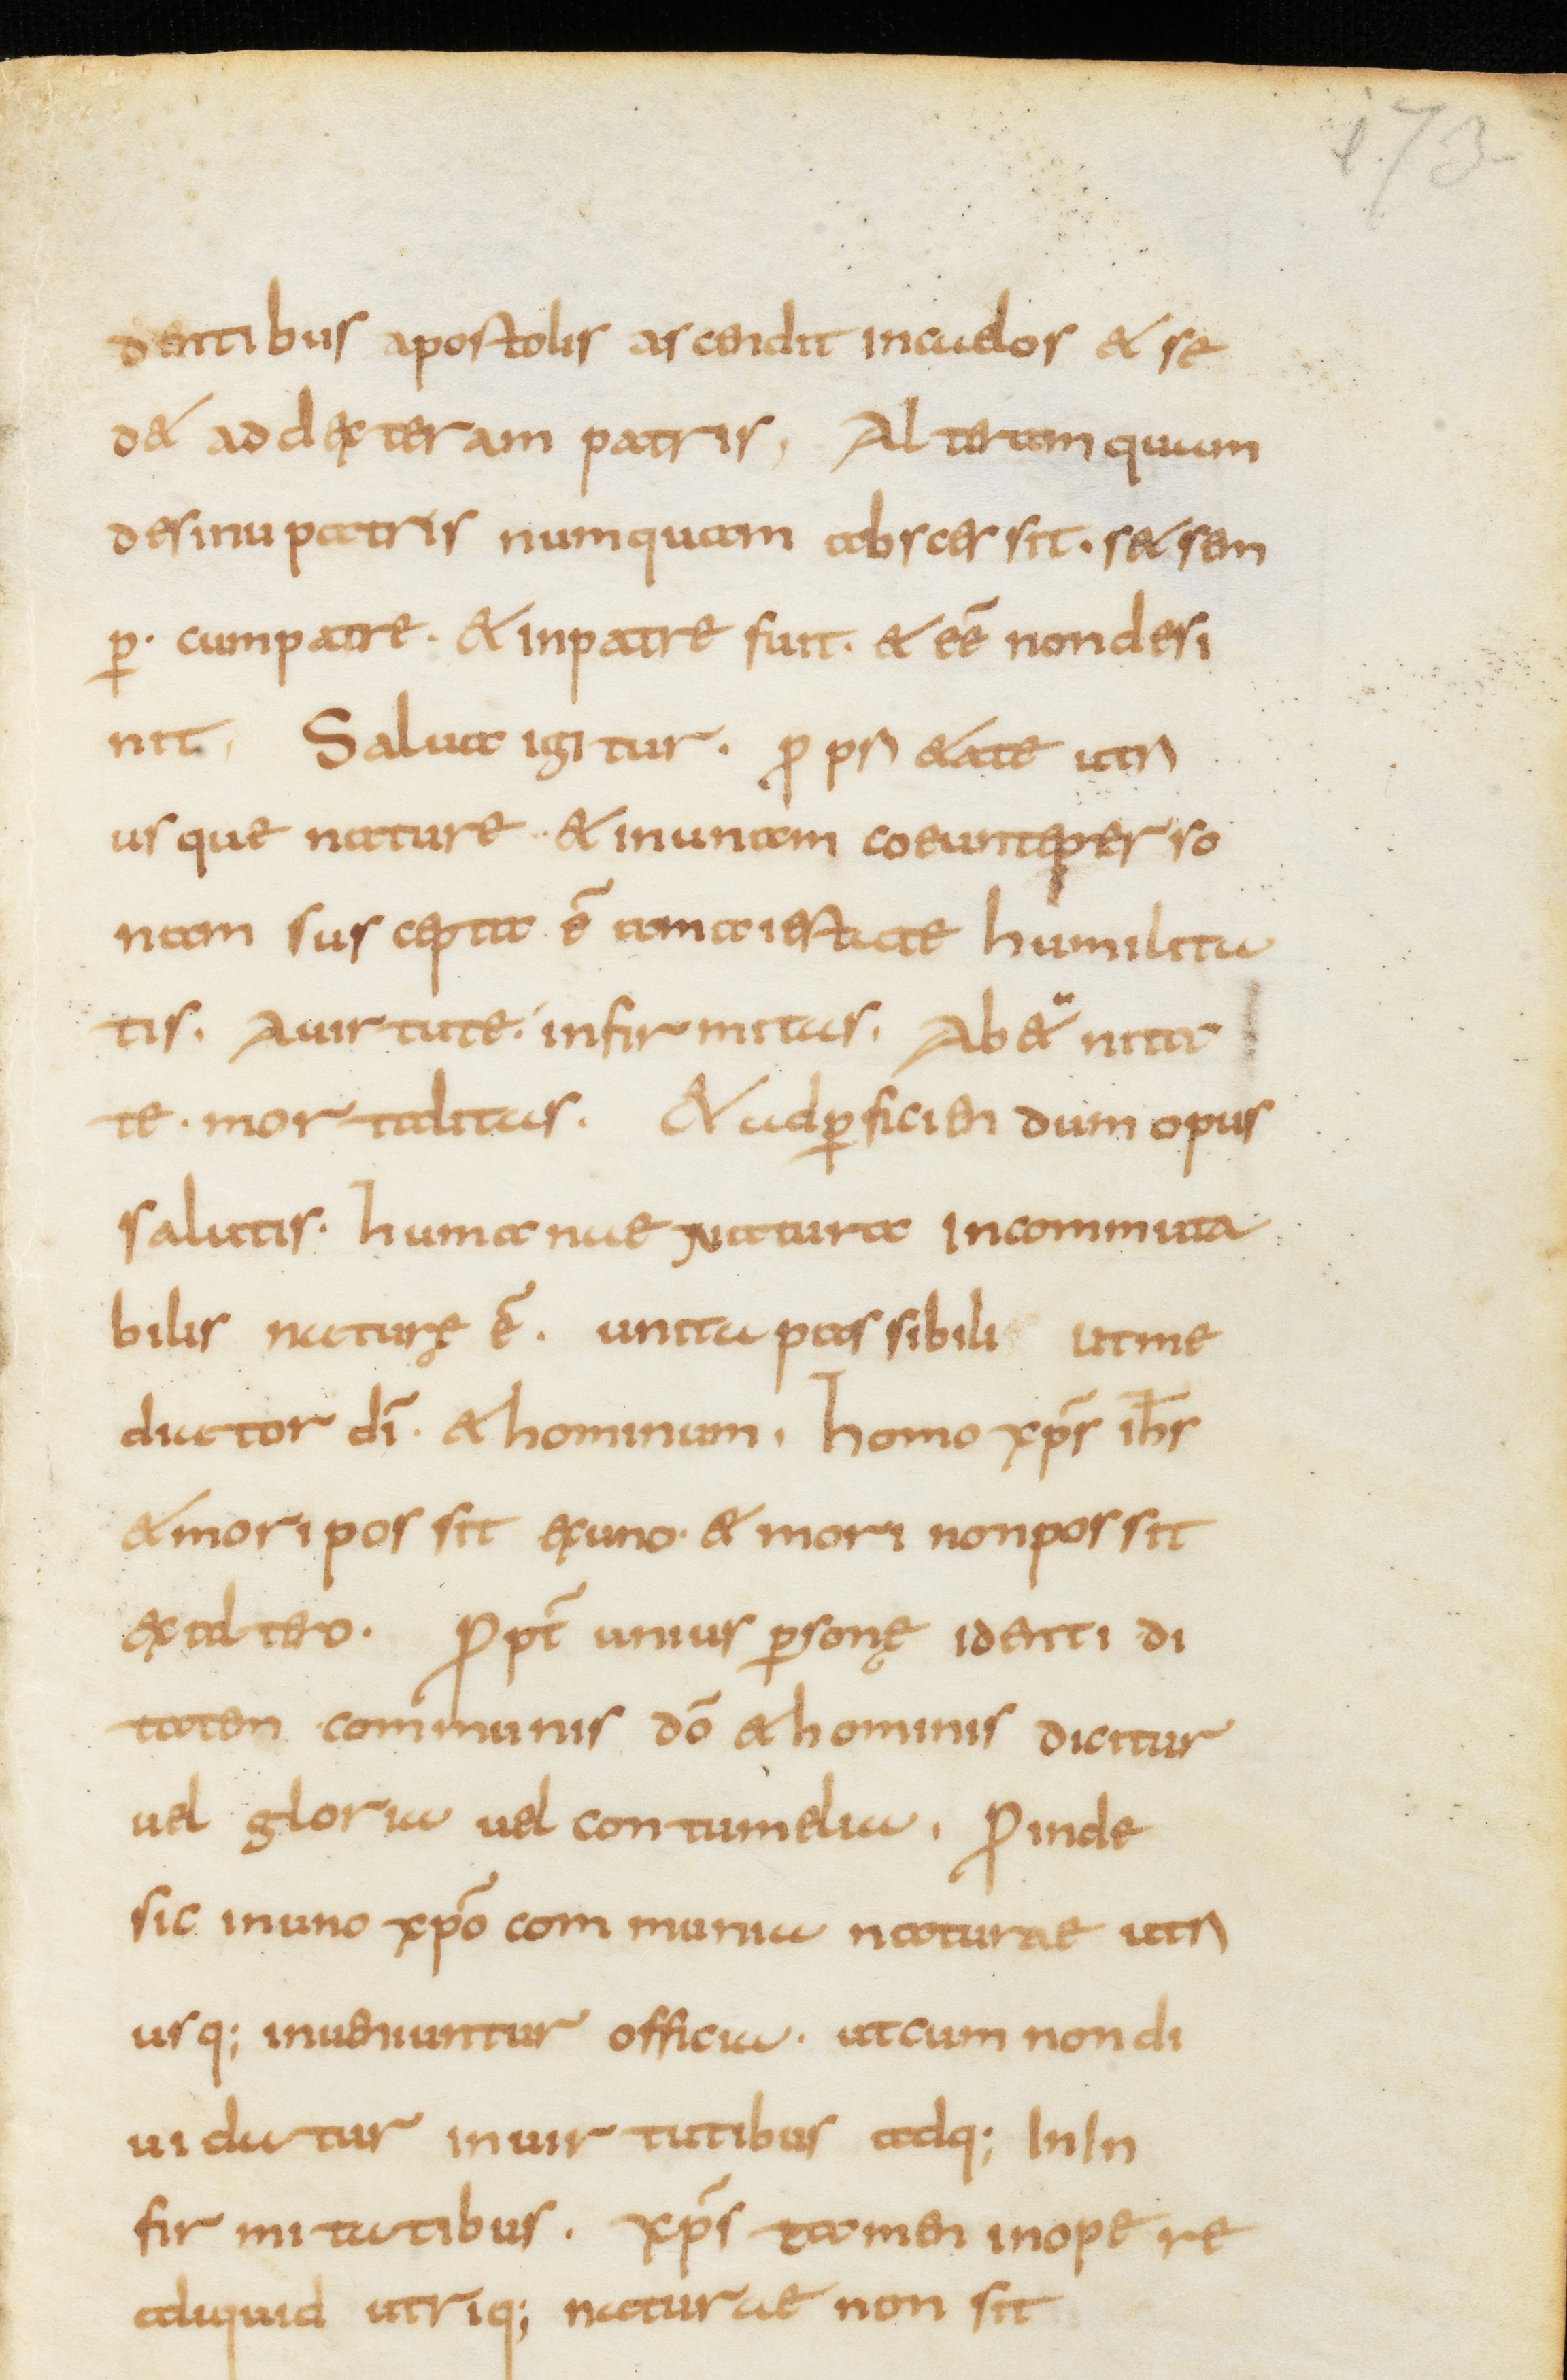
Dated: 800–899